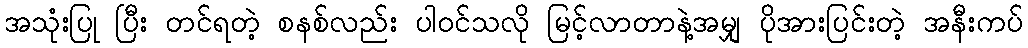
အသုံးပြု ပြီး တင်ရတဲ့ စနစ်လည်း ပါဝင်သလို မြင့်လာတာနဲ့အမျှ ပိုအားပြင်းတဲ့ အနီးကပ်